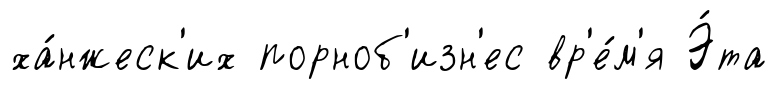
ха́нжеск'их порноб'изн'ес вр'е́м'я Э́та